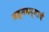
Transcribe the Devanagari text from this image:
ब्रह्मकर्माचे